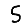
Digit: 5